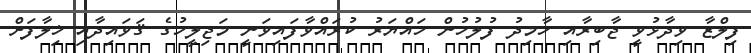
ފިލްޒާ ވިދާޅުވީ ޖާބިރާއި ހާމިދު ފުލުހުން ހައްޔަރު ކުރައްވާފައިވަނީ މަޖިލީހުގެ ޤަވައިދާއި ޚިލާފަށް